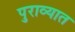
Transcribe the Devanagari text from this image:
पुराव्यात